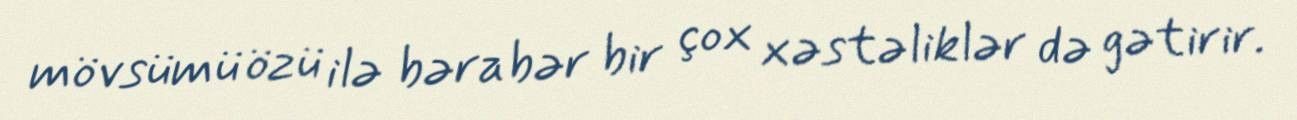
mövsümü özü ilə bərabər bir çox xəstəliklər də gətirir.